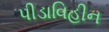
પીડાવિહીન